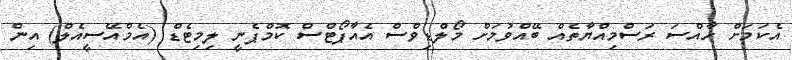
އެކަމަށް ހާއްސަ ރަސްމިއްޔާތެއް ބޭއްވުމަށް މޯލްޑިވްސް އެއާޕޯޓްސް ކޮމްޕެނީ ލިމިޓެޑް (އެމްއޭސީއެލް) އިން